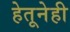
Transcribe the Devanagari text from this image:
हेतूनेही